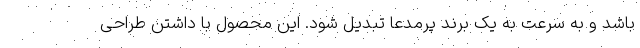
باشد و به سرعت به یک برند پرمدعا تبدیل شود. این محصول با داشتن طراحی